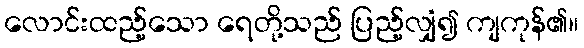
လောင်းထည့်သော ရေတို့သည် ပြည့်လျှံ၍ ကျကုန်၏။